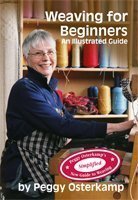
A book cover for Weaving for Beginners: An Illustrated Guide (Peggy Osterkamp's New Guide to Weaving Series); Peggy Osterkamp; Crafts, Hobbies & Home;